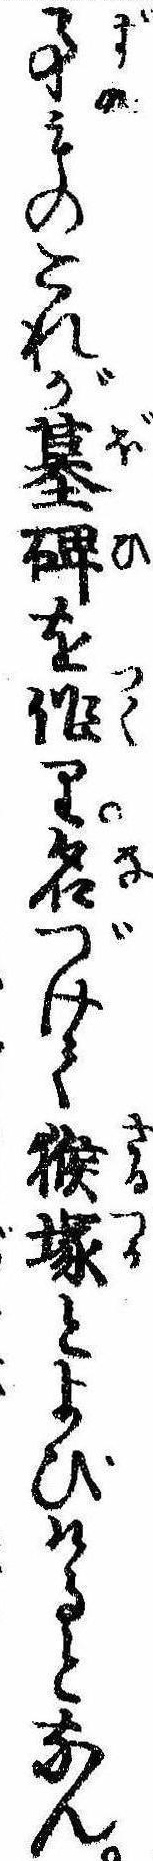
事ものこれが墓碑を作り名づけて猴塚とよびけるとなん